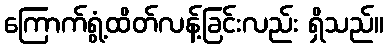
ကြောက်ရွံ့ထိတ်လန့်ခြင်းလည်း ရှိသည်။